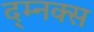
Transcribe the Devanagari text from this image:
द्म्नक्स